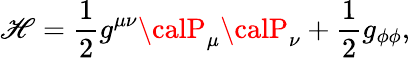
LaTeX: {\cal\mathscr{H}}=\frac{{1}}{{2}}g^{\mu\nu}{\calP}_{\mu}{\calP}_{\nu}+\frac{{1}}{{2}}g_{\phi\phi},